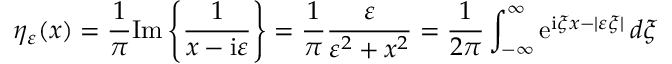
\eta _ { \varepsilon } ( x ) = { \frac { 1 } { \pi } } \mathrm { I m } \left\{ { \frac { 1 } { x - \mathrm { i } \varepsilon } } \right\} = { \frac { 1 } { \pi } } { \frac { \varepsilon } { \varepsilon ^ { 2 } + x ^ { 2 } } } = { \frac { 1 } { 2 \pi } } \int _ { - \infty } ^ { \infty } \mathrm { e } ^ { \mathrm { i } \xi x - | \varepsilon \xi | } \, d \xi